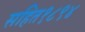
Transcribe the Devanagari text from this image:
सहित१८९४